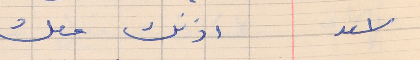
اسعد      اذنك معك